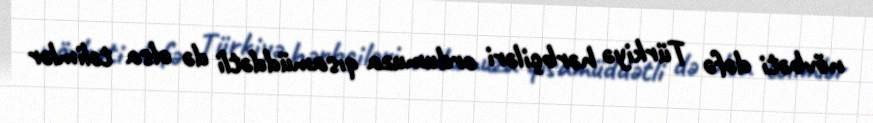
növbəti dəfə Türkiyə hərbçiləri ordumuza qısamüddətli də olsa təlimlər